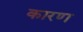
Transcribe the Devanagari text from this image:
कारण्‍ा